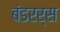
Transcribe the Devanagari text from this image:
बंडरर्स